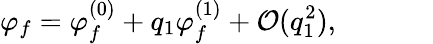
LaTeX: \varphi_{f}=\varphi_{f}^{(0)}+q_{1}\varphi_{f}^{(1)}+\mathcal{O}(q_{1}^{2}),~~~~~~~~~~~~~